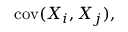
\operatorname { c o v } ( X _ { i } , X _ { j } ) ,